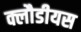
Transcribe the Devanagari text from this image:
क्लौडीयस